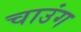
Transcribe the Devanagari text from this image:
चाउंग